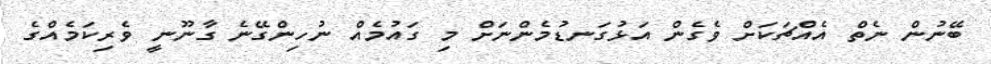
ބޭނުން ނެތް އެއްޗަކަށް ވެގެން އަޅުގަނޑުމެންނަށް މި ގައުމެއް ނުހިންގޭނެ ގާނޫނީ ވެރިކަމެއްގެ